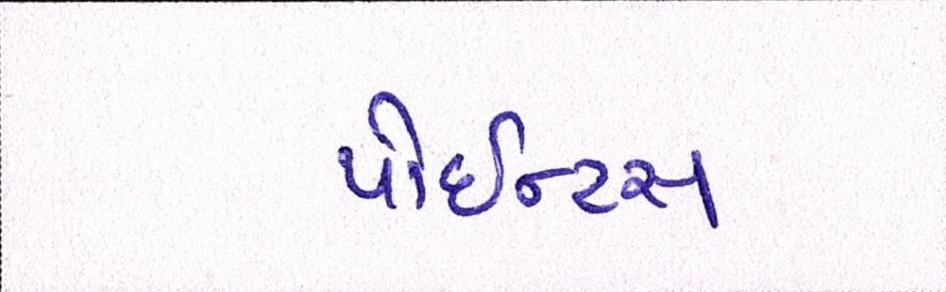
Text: પોઇન્ટસ